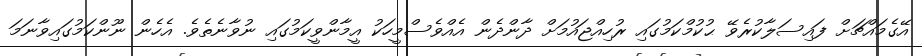
އޭގެމައްޗަށް ފައިސަލާކުރެވޭ ޙުކުމްކަމުގައި ރުހިއްޖައުމަށް ދާންދެން އެއްވެސްމީހަކު އީމާންވީކަމުގައި ނުވާނެތެވެ. އެހެން ނޫންކަމުގައިވާނަމަ